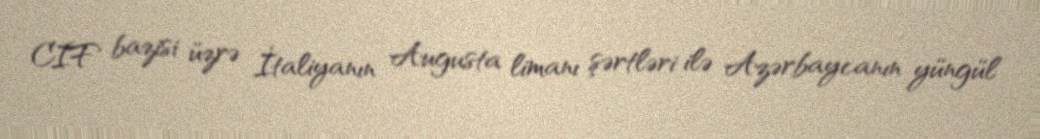
CIF bazisi üzrə İtaliyanın Augusta limanı şərtləri ilə Azərbaycanın yüngül